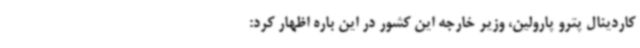
کاردینال پترو پارولین، وزیر خارجه این کشور در این باره اظهار کرد: